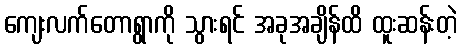
ကျေးလက်တောရွာကို သွားရင် အခုအချိန်ထိ ထူးဆန်းတဲ့